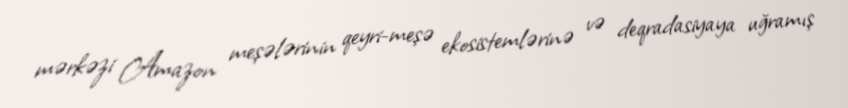
mərkəzi Amazon meşələrinin qeyri-meşə ekosistemlərinə və deqradasiyaya uğramış